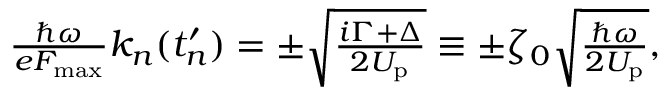
\begin{array} { r } { \frac { \hbar \omega } { e F _ { \mathrm { m a x } } } k _ { n } ( t _ { n } ^ { \prime } ) = \pm \sqrt { \frac { i \Gamma + \Delta } { 2 U _ { \mathrm { p } } } } \equiv \pm \zeta _ { 0 } \sqrt { \frac { \hbar \omega } { 2 U _ { \mathrm { p } } } } , } \end{array}